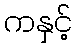
ကနှင့်